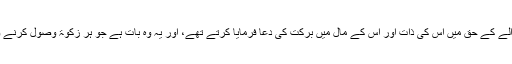
نبیؐ زکوٰۃ ادا کرنے والے کے حق میں اس کی ذات اور اس کے مال میں برکت کی دعا فرمایا کرتے تھے، اور یہ وہ بات ہے جو ہر زکوٰۃ وصول کرنے والے کو کہنی چاہیے۔